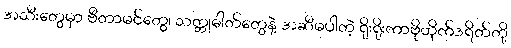
အသီးတွေမှာ ဗီတာမင်တွေ၊ သတ္တုဓါတ်တွေနဲ့ အဆီမပါတဲ့ ရိုးရိုးကာဗိုဟိုက်ဒရိတ်တို့